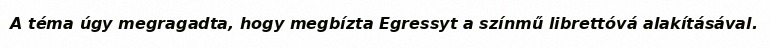
A téma úgy megragadta, hogy megbízta Egressyt a színmű librettóvá alakításával.